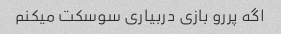
اگه پررو بازی دربیاری سوسکت میکنم